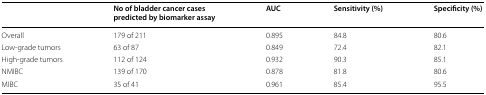
<table><thead><tr><td></td><td><b>No of bladder cancer cases predicted by biomarker assay</b></td><td><b>AUC</b></td><td><b>Sensitivity (%)</b></td><td><b>Specificity (%)</b></td></tr></thead><tbody><tr><td>Overall</td><td>179 of 211</td><td>0.895</td><td>84.8</td><td>80.6</td></tr><tr><td>Low-grade tumors</td><td>63 of 87</td><td>0.849</td><td>72.4</td><td>82.1</td></tr><tr><td>High-grade tumors</td><td>112 of 124</td><td>0.932</td><td>90.3</td><td>85.1</td></tr><tr><td>NMIBC</td><td>139 of 170</td><td>0.878</td><td>81.8</td><td>80.6</td></tr><tr><td>MIBC</td><td>35 of 41</td><td>0.961</td><td>85.4</td><td>95.5</td></tr></tbody></table>